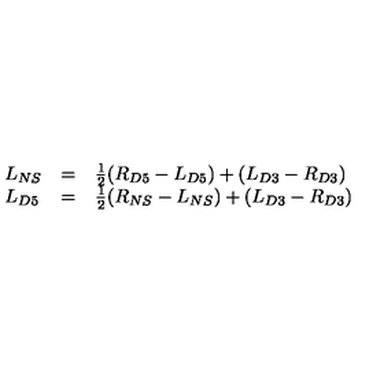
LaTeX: \begin{array} { l l l } { L _ { N S } } & { = } & { \frac { 1 } { 2 } ( R _ { D 5 } - L _ { D 5 } ) + ( L _ { D 3 } - R _ { D 3 } ) } \\ { L _ { D 5 } } & { = } & { \frac { 1 } { 2 } ( R _ { N S } - L _ { N S } ) + ( L _ { D 3 } - R _ { D 3 } ) } \\ \end{array}